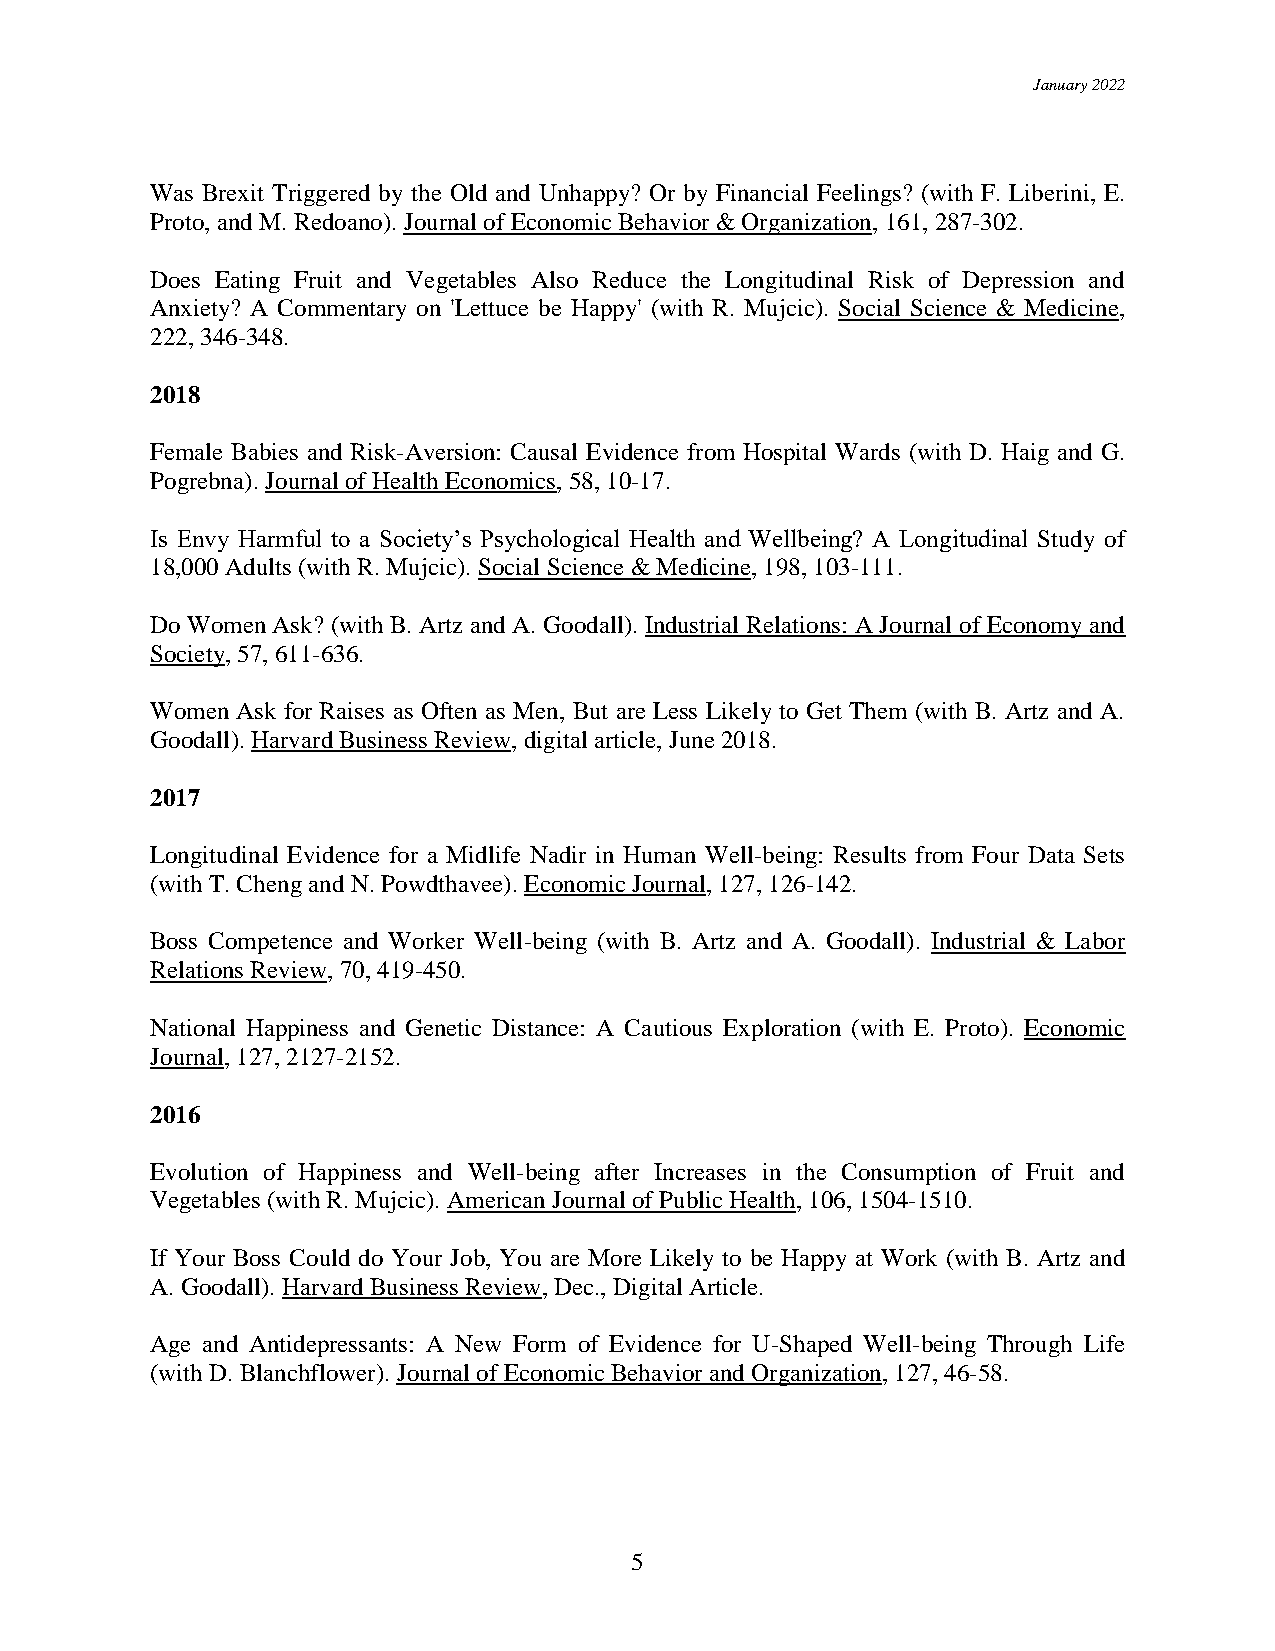
January 2022
 Was Brexit Triggered by the Old and Unhappy? Or by Financial Feelings? (with F. Liberini, E.
 Proto, and M. Redoano). Journal of Economic Behavior & Organization, 161, 287-302.
 Does Eating Fruit and Vegetables Also Reduce the Longitudinal Risk of Depression and
 Anxiety? A Commentary on 'Lettuce be Happy' (with R. Mujcic). Social Science & Medicine,
 222, 346-348.
 2018
 Female Babies and Risk-Aversion: Causal Evidence from Hospital Wards (with D. Haig and G.
 Pogrebna). Journal of Health Economics, 58, 10-17.
 Is Envy Harmful to a Society’s Psychological Health and Wellbeing? A Longitudinal Study of
 18,000 Adults (with R. Mujcic). Social Science & Medicine, 198, 103-111.
 Do Women Ask? (with B. Artz and A. Goodall). Industrial Relations: A Journal of Economy and
 Society, 57, 611-636.
 Women Ask for Raises as Often as Men, But are Less Likely to Get Them (with B. Artz and A.
 Goodall). Harvard Business Review, digital article, June 2018.
 2017
 Longitudinal Evidence for a Midlife Nadir in Human Well-being: Results from Four Data Sets
 (with T. Cheng and N. Powdthavee). Economic Journal, 127, 126-142.
 Boss Competence and Worker Well-being (with B. Artz and A. Goodall). Industrial & Labor
 Relations Review, 70, 419-450.
 National Happiness and Genetic Distance: A Cautious Exploration (with E. Proto). Economic
 Journal, 127, 2127-2152.
 2016
 Evolution of Happiness and Well-being after Increases in the Consumption of Fruit and
 Vegetables (with R. Mujcic). American Journal of Public Health, 106, 1504-1510.
 If Your Boss Could do Your Job, You are More Likely to be Happy at Work (with B. Artz and
 A. Goodall). Harvard Business Review, Dec., Digital Article.
 Age and Antidepressants: A New Form of Evidence for U-Shaped Well-being Through Life
 (with D. Blanchflower). Journal of Economic Behavior and Organization, 127, 46-58.
 5